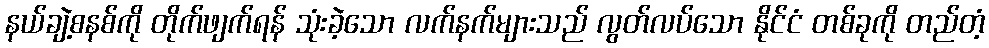
နယ်ချဲ့စနစ်ကို တိုက်ဖျက်ရန် သုံးခဲ့သော လက်နက်များသည် လွတ်လပ်သော နိုင်ငံ တစ်ခုကို တည်တံ့